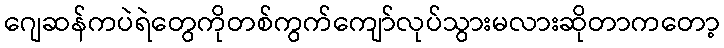
ဂျေဆန်ကပဲရဲတွေကိုတစ်ကွက်ကျော်လုပ်သွားမလားဆိုတာကတော့